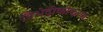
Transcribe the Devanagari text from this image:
विभेदीकीकरण